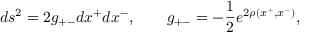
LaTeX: d s ^ { 2 } = 2 g _ { + - } d x ^ { + } d x ^ { - } , ~ ~ ~ ~ ~ ~ g _ { + - } = - \frac { 1 } { 2 } e ^ { 2 \rho ( x ^ { + } , x ^ { - } ) } ,